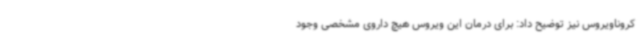
کروناویروس نیز توضیح داد: برای درمان این ویروس هیچ داروی مشخصی وجود